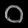
Digit: ၀